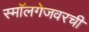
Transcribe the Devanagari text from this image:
स्मॉलगेजवरची